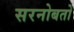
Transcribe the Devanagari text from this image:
सरनोबतो